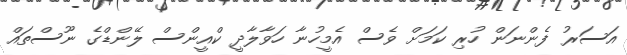
އަސަރު ފެންނަން ހުރި ކަމަށް ވެސް އެމީހުނާ ހަވާލާދީ ކްއީންސް ލޭންޑްގެ ނޫސްތައް